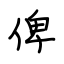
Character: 俾